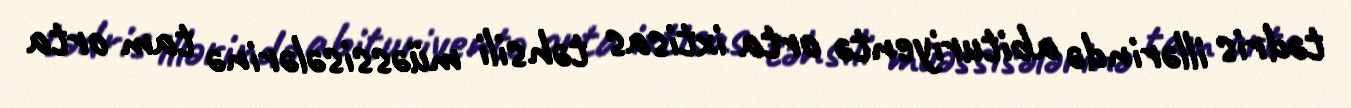
tədris illərində abituriyentə orta ixtisas təhsili müəssisələrinə tam orta